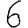
Digit: 6